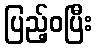
ပြည့်ဝပြီး